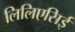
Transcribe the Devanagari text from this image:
लिलिएसिई